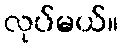
လုပ်မယ်။